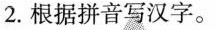
2.根据拼音写汉字。